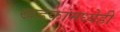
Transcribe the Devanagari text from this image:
खडकांमध्येही